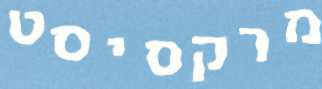
מרקסיסט